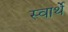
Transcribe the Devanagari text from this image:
स्वार्थें